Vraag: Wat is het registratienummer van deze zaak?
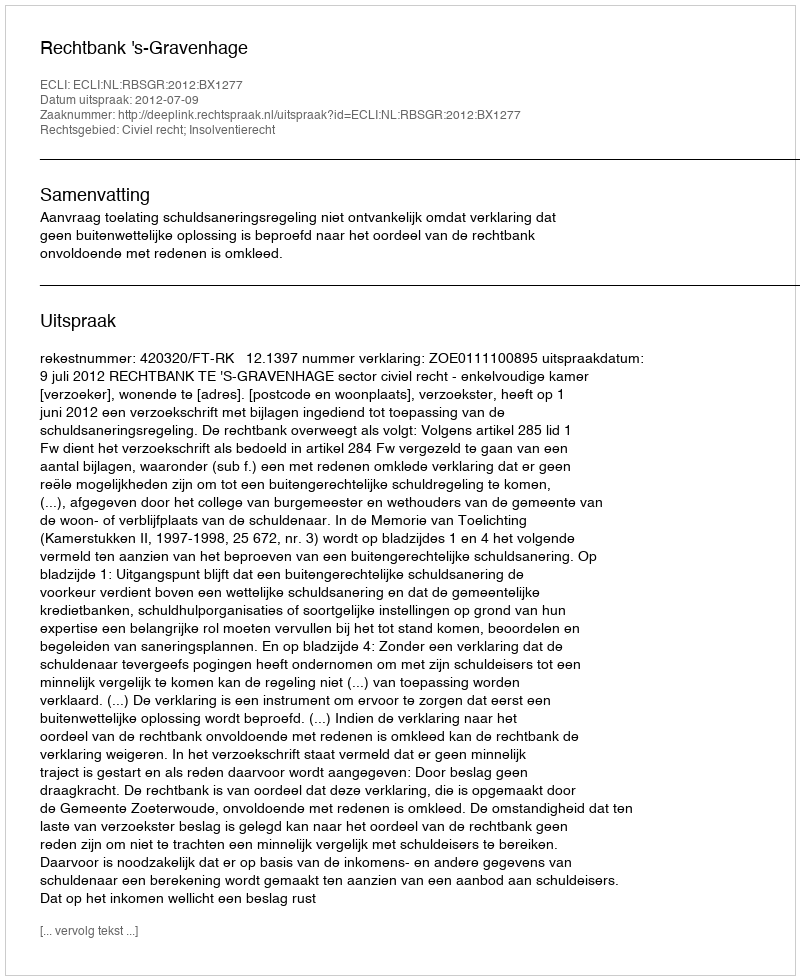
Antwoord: http://deeplink.rechtspraak.nl/uitspraak?id=ECLI:NL:RBSGR:2012:BX1277